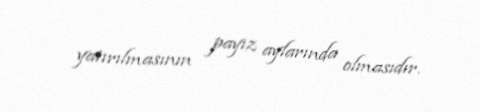
yatırılmasının payız aylarında olmasıdır.